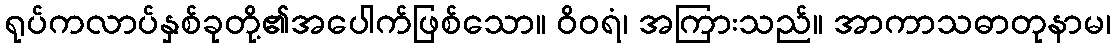
ရုပ်ကလာပ်နှစ်ခုတို့၏အပေါက်ဖြစ်သော။ ဝိဝရံ၊ အကြားသည်။ အာကာသဓာတုနာမ၊